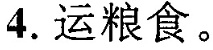
4.运粮食。